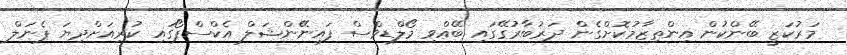
މަރުކަޒީ ބޭންކުން އިންތިޒާމުކޮށްގެން ދަރުބާރުގޭގައި ބޭއްވި މޯލްޑިވްސް ފައިނޭންޝަލް އެކްސްޕޯގައި ކުރިއަށްދިޔަ ޕެނަލް